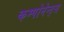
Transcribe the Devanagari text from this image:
कम्पोनेन्ट्स